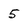
Character: 5